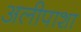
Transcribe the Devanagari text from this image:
अलीपाशा